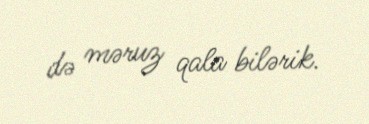
də məruz qala bilərik.